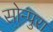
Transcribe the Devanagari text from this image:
सोन्पुरा